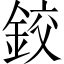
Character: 鉸